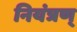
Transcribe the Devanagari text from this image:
नियंत्रण्